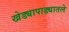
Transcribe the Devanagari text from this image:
खेड्यापाड्यातले